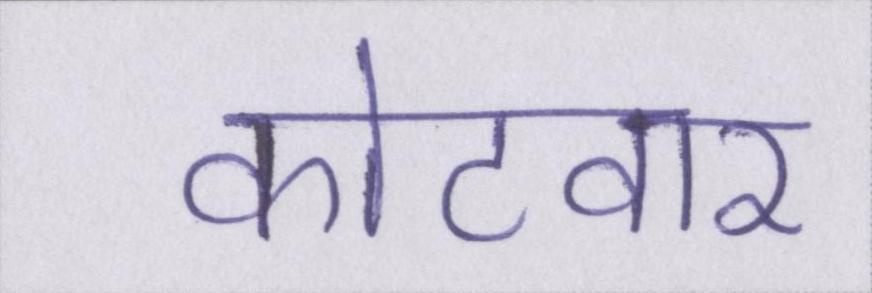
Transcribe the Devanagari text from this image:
कोटवार